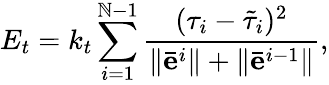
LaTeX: E_{t}=k_{t}\sum_{i=1}^{\mathbb{N}-1}\frac{{(\tau_{i}-\tilde{{\tau}}_{i})^{2}}}{{\Vert\bar{{\mathbf{e}}}^{i}\Vert+\Vert\bar{{\mathbf{e}}}^{i-1}\Vert}},